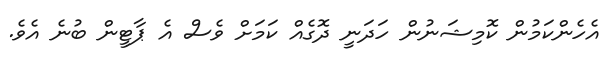
އެހެންކަމުން ކޮމިޝަނުން ހަދަނީ ދޮގެއް ކަމަށް ވެސް އެ ޕާޓީން ބުނެ އެވެ.